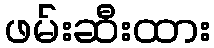
ဖမ်းဆီးထား